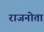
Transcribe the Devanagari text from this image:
राजनोता